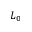
L _ { 0 }